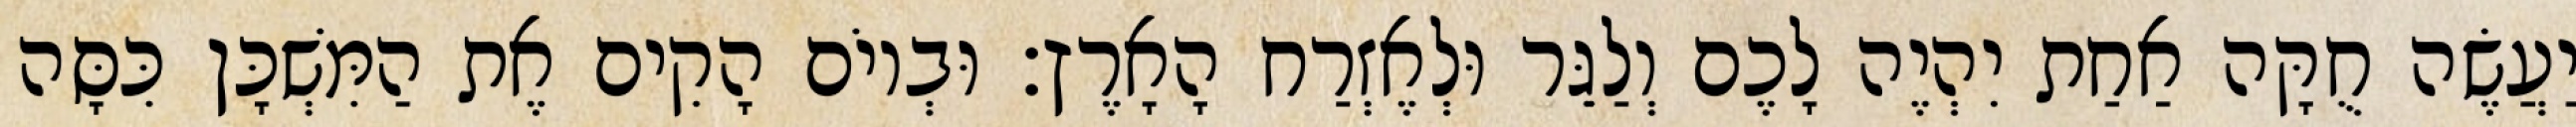
יַעֲשֶׂה חֻקָּה אַחַת יִהְיֶה לָכֶם וְלַגֵּר וּלְאֶזְרַח הָאָרֶץ׃ וּבְיוֹם הָקִים אֶת הַמִּשְׁכָּן כִּסָּה